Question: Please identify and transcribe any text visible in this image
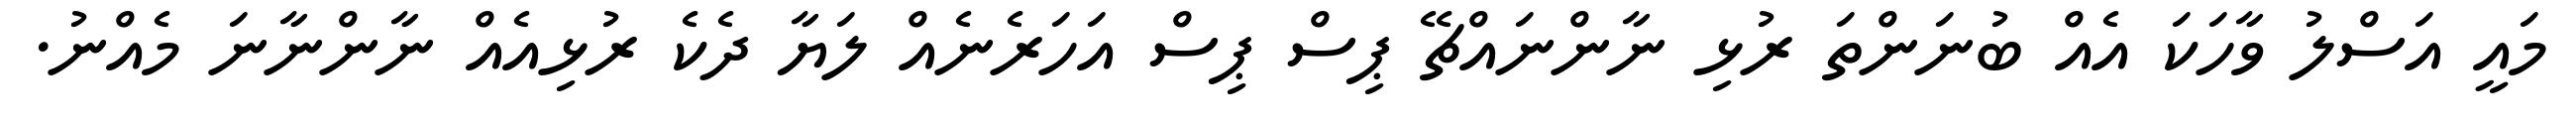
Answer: މައީ އަސްލު ވާހަކަ އެއް ބުނަންތަ ރުޅި ނާންނައްޗޭ ޕިސް ޕިސް އަހަރެނެއް ލަޔާ ދެކެ ރުޅިއެއް ނާންނާނަ މެއްނު.